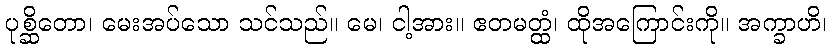
ပုစ္ဆိတော၊ မေးအပ်သော သင်သည်။ မေ၊ ငါ့အား။ ဧတမတ္ထံ၊ ထိုအကြောင်းကို။ အက္ခာဟိ၊